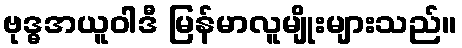
ဗုဒ္ဓအယူဝါဒီ မြန်မာလူမျိုးများသည်။